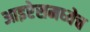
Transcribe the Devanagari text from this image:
आइरेसमध्येच